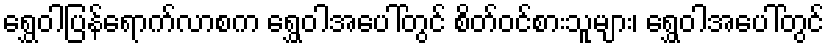
ရွှေဝါပြန်ရောက်လာစက ရွှေဝါအပေါ်တွင် စိတ်ဝင်စားသူများ၊ ရွှေဝါအပေါ်တွင်